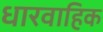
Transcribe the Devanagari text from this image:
धारवाहिक